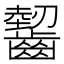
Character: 𲎤